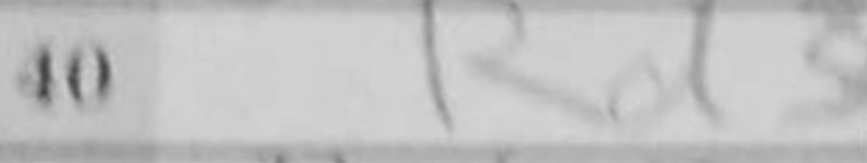
Transcription: Rd3